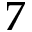
7